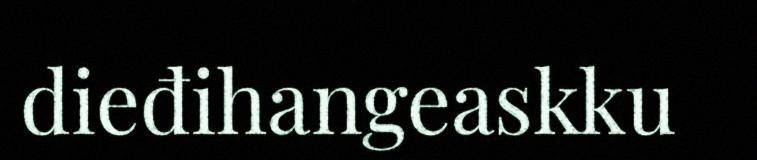
dieđihangeaskku